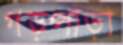
গড়পাড়া